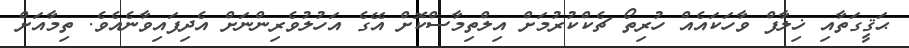
ޙަޤީގަތާއި ޚިލާފް ވާހަކައެއް ހުރިތޯ ޗެކްކުރުމަށް އިލްތިމާސްކޮށް އޭގެ އަހުލުވެރިންނަށް އެދިފައިވާނެއެވެ. ތިމާއަށް